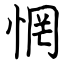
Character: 惘